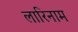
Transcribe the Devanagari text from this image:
लारिनाम